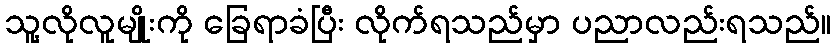
သူ့လိုလူမျိုးကို ခြေရာခံပြီး လိုက်ရသည်မှာ ပညာလည်းရသည်။